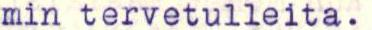
min tervetulleita.